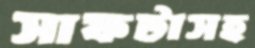
সাফটাসহ